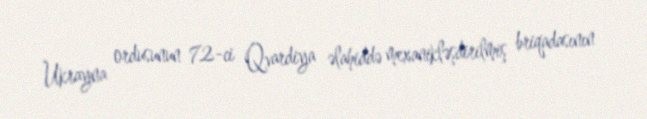
Ukrayna ordusunun 72-ci Qvardiya əlahiddə mexanikləşdirilmiş briqadasının